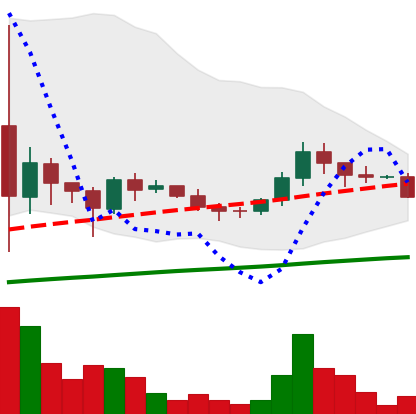
Ticker: DOGE-USD
Chart end date: 2021-06-07
Forward return: -5.729%
Label: down_5_7